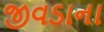
જીવડાના